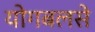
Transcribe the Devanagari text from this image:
योगबलसे